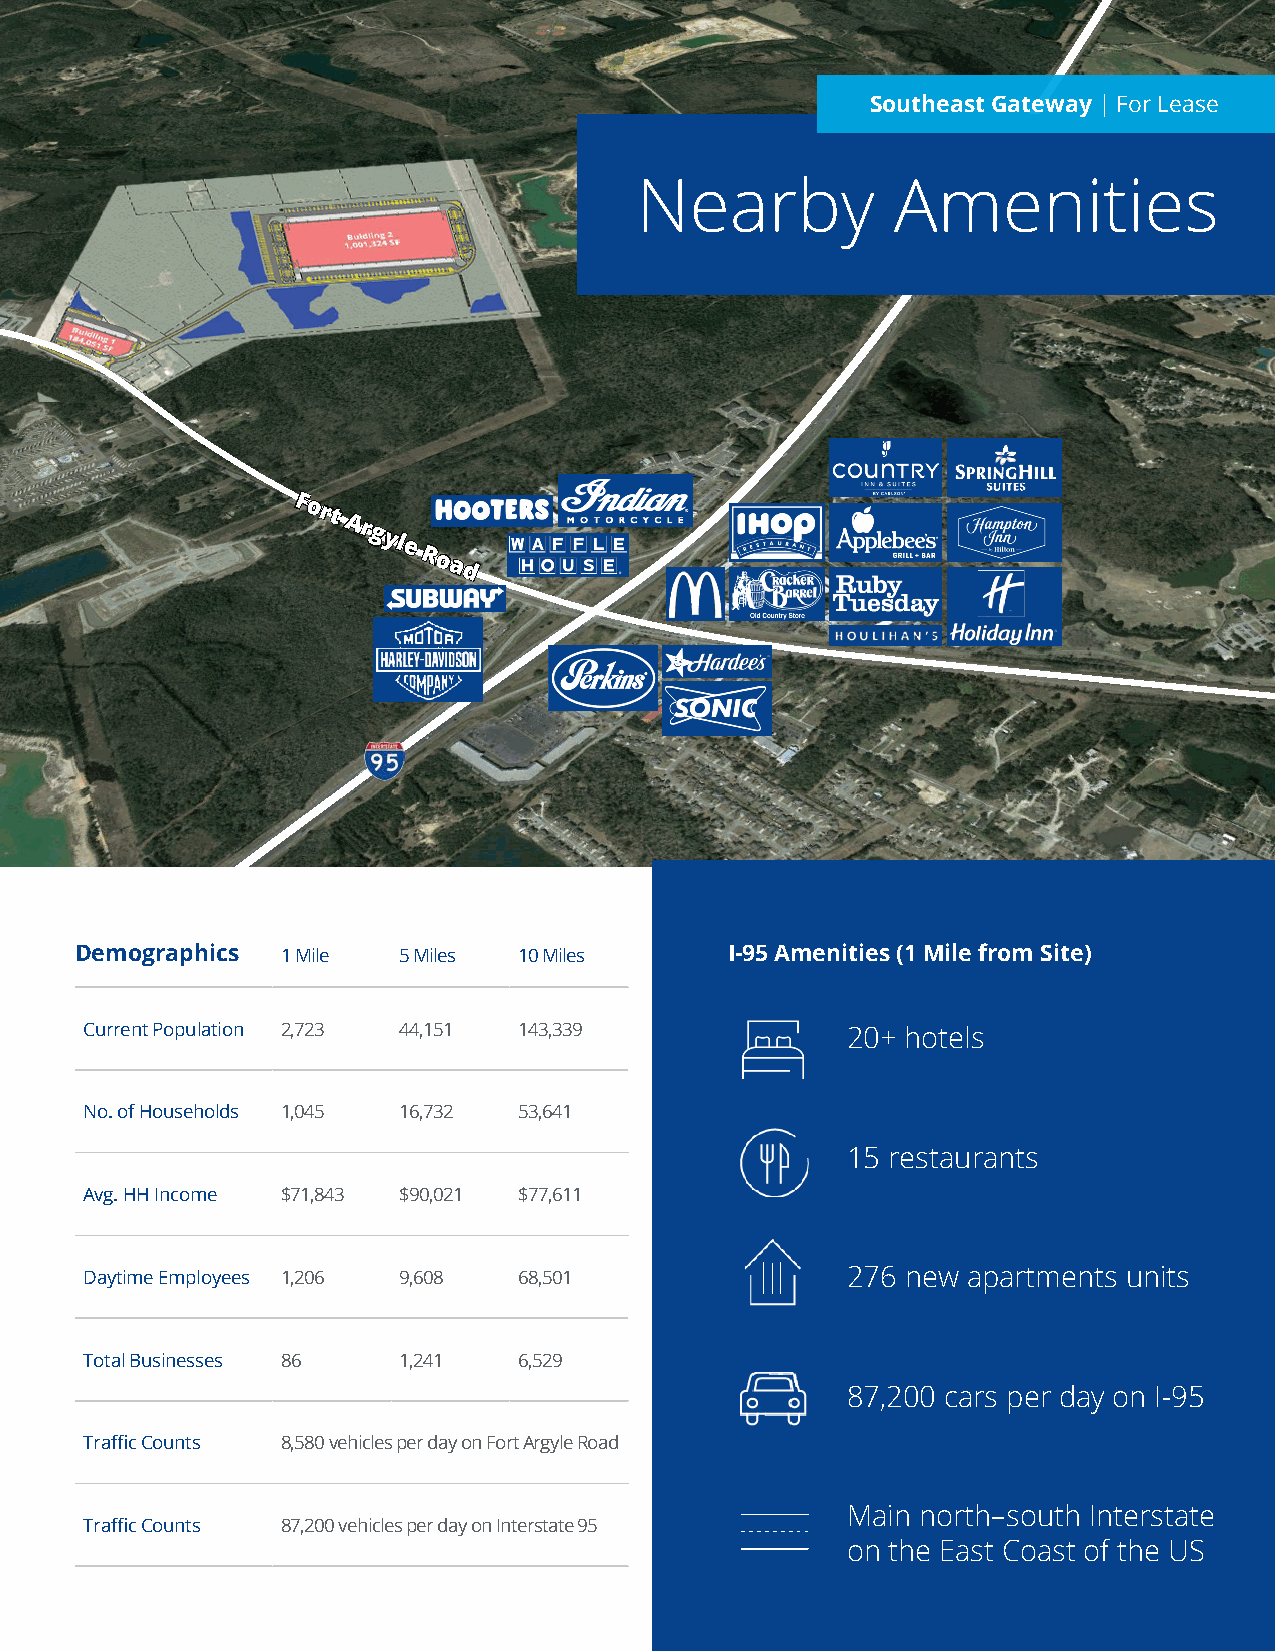
Southeast Gateway | For Lease
 Nearby           Amenities
 Fort
 Argyle
 Road
 Demographics  1 Mile 5 Miles 10 Miles      I-95 Amenities (1 Mile from Site)
 Current Population 2,723 44,151 143,339           20+ hotels
 No. of Households 1,045 16,732 53,641
 15 restaurants
 Avg. HH Income $71,843 $90,021 $77,611
 Daytime Employees 1,206 9,608 68,501              276 new apartments units
 Total Businesses 86 1,241   6,529
 87,200 cars per day on I-95
 Traffic Counts 8,580 vehicles per day on Fort Argyle Road
 Main north–south Interstate
 Traffic Counts 87,200 vehicles per day on Interstate 95
 on the East Coast of the US